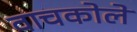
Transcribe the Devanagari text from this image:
वाचकोले